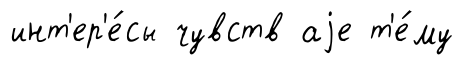
инт'ер'е́сы чувств аjе т'е́му